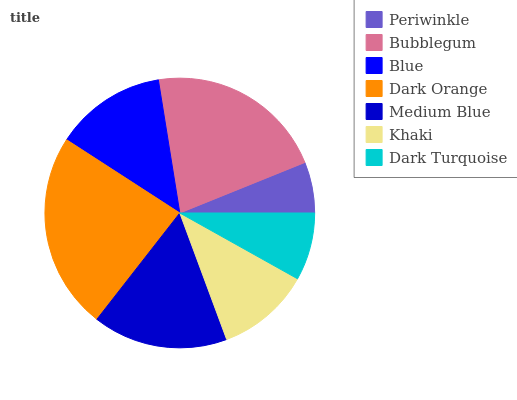
| Periwinkle | Bubblegum | Blue | Dark Orange | Medium Blue | Khaki | Dark Turquoise |
 | --- | --- | --- | --- | --- | --- | --- |
 | 6.11% | 21.5% | 13.3% | 23.5% | 16.2% | 11.2% | 8.11% |